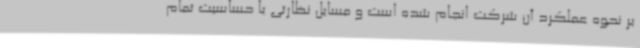
بر نحوه عملکرد آن شرکت انجام شده است و مسایل نظارتی با حساسیت تمام